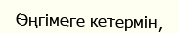
Өңгімеге кетермін,